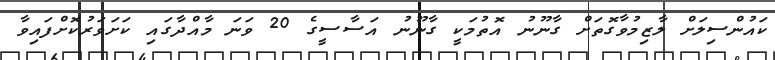
ކައުންސިލަށް ލާޒިމުވާގޮތަށް ގާނޫނު އޮތުމަކީ ގާނޫނު އަސާސީގެ 20 ވަނަ މާއްދާގައި ކަށަވަރުކޮށްފައިވާ